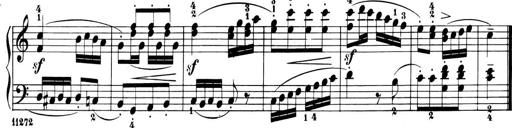
Title: 6 Piano Sonatinas
Composer: Cornelius Gurlitt